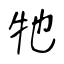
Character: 牠